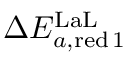
\Delta E _ { a , \mathrm { r e d } \, 1 } ^ { \mathrm { L a L } }